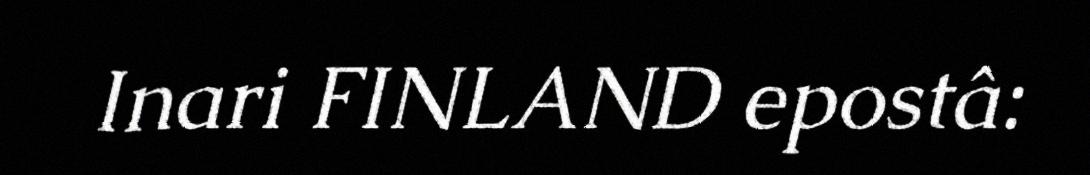
Inari FINLAND epostâ: